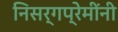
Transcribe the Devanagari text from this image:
निसर्गप्रेमींनी